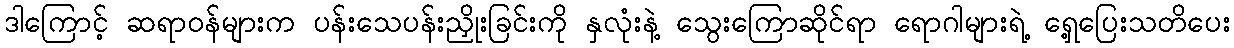
ဒါကြောင့် ဆရာဝန်များက ပန်းသေပန်းညှိုးခြင်းကို နှလုံးနဲ့ သွေးကြောဆိုင်ရာ ရောဂါများရဲ့ ရှေ့ပြေးသတိပေး